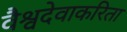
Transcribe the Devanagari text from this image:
वैश्वदेवाकरिता